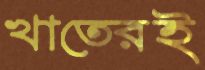
খাতেরই